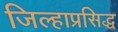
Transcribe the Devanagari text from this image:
जिल्हाप्रसिद्ध